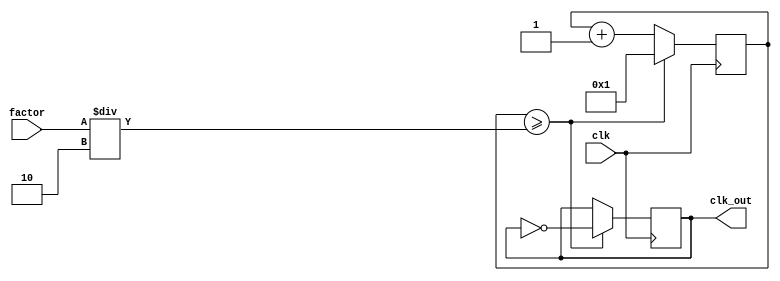
`timescale 1ns / 1ps
//////////////////////////////////////////////////////////////////////////////////
// Company: 
// Engineer: 
// 
// Design Name: 
// Module Name: clk_divider
// Project Name: 
// Target Devices: 
// Tool Versions: 
// Description: 
// 
// Dependencies: 
// 
// Revision:
// Revision 0.01 - File Created
// Additional Comments:
// 
//////////////////////////////////////////////////////////////////////////////////


module clk_divider
    // El caso base es crear un clk de 1Hz, ya que freq_out = freq_in/factor.
    (
    input clk,
    input [15:0] factor,
    output reg clk_out
    );
    
initial begin
    clk_out = 0;
end

reg [27:0] count = 28'd0;

always @(posedge clk)
    begin
    count <= count + 1;
    if (count >= factor/2)
        begin
        clk_out <= ~clk_out;
        count <= 1;
        end
    end

endmodule